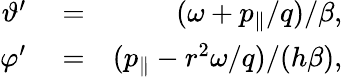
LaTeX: \begin{array}{rlr}{\vartheta^{\prime}}&{{}=}&{(\omega+p_{\| }/q)/\beta,}\\ {\varphi^{\prime}}&{{}=}&{(p_{\| }-r^{2}\omega/q)/(h\beta),}\end{array}